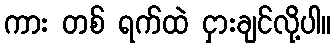
ကား တစ် ရက်ထဲ ငှားချင်လို့ပါ။